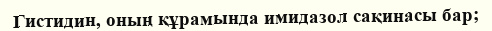
Гистидин, oның құрамында имидазол сақинасы бар;